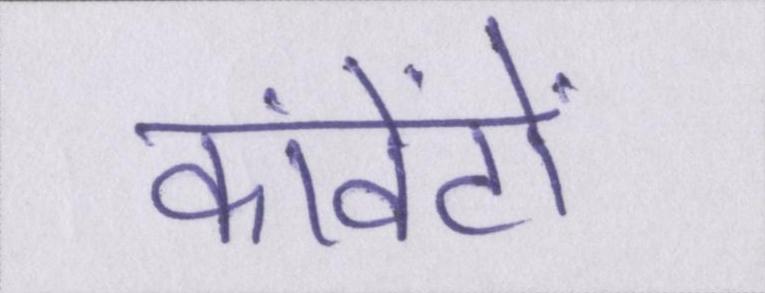
कांवेंटों